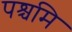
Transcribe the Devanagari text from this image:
पश्चमि